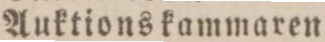
Auktionskammaren.